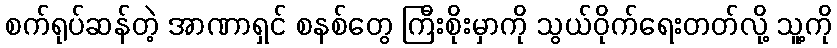
စက်ရုပ်ဆန်တဲ့ အာဏာရှင် စနစ်တွေ ကြီးစိုးမှာကို သွယ်ဝိုက်ရေးတတ်လို့ သူ့ကို